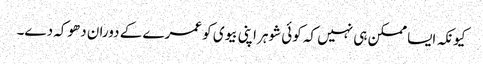
کیونکہ ایسا ممکن ہی نہیں کہ کوئی شوہر اپنی بیوی کو عمرے کے دوران دھوکہ دے۔